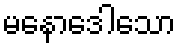
မနောဒေါသော